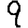
Digit: 9